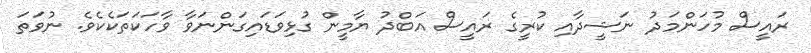
ރައީސް މުހަންމަދު ނަޝީދާއި ކުރީގެ ރައީސް އަބްދު ޔާމީން ގުޅިވަޑައިގަންނަވާ ވާހަކަތަކެކެވެ. ނުވަތަ